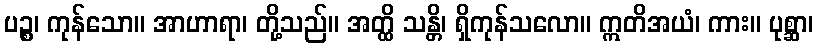
ပဉ္စ၊ ကုန်သော။ အာဟာရာ၊ တို့သည်။ အတ္ထိ သန္တိ၊ ရှိကုန်သလော။ ဣတိအယံ၊ ကား။ ပုစ္ဆာ၊